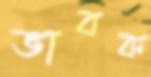
ভাবক